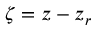
\zeta = z - z _ { r }